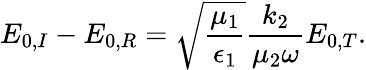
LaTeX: E_{0,I}-E_{0,R}=\sqrt{\frac{\mu_{1}}{\epsilon_{1}}}\frac{k_{2}}{\mu_{2}\omega}E_{0,T}.